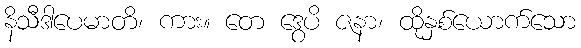
နိသီဒါပေမာတိ၊ ကား။ တေ ဒွေပိ ဇနာ၊ ထိုနှစ်ယောက်သော